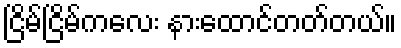
ငြိမ်ငြိမ်ကလေး နားထောင်တတ်တယ်။